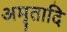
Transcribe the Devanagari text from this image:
अमृतादि